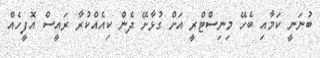
ބުނަނީ ކަމާއި ބެހޭ މިނިސްޓްރީ އަށް ގުޅާށޭ ދެން ކިއެއްކުރާ ރައީސް އޮފީހެއް